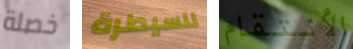
خصلة للسيطرة الأنتقام